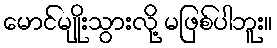
မောင်မျိုးသွားလို့ မဖြစ်ပါဘူး။